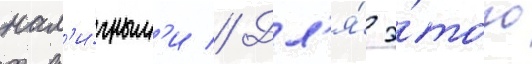
нал'и́чным'и // Дл'я́ э́того